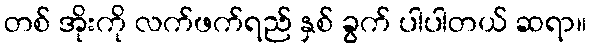
တစ် အိုးကို လက်ဖက်ရည် နှစ် ခွက် ပါပါတယ် ဆရာ။